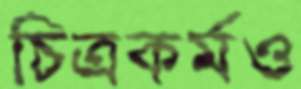
চিত্রকর্মও